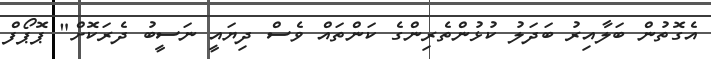
އެގޮތުން ބަލާއިރު ބަދަލު ކުޅުންތެރިންގެ ކަންތައް ވެސް ދިޔައީ ނަސީބު ދެރަކޮށް" ޕޮޕޯފް